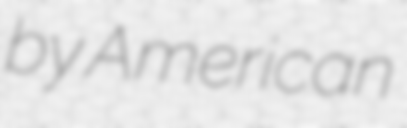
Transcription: by American